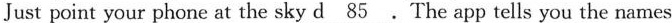
Just point your phone at the sky \underline{d85}.The app tells you the names